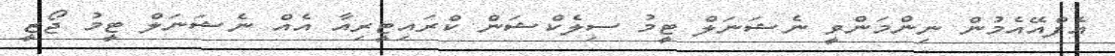
އެފްއޭއެމުން ނިންމަންވީ ނެޝަނަލް ޓީމު ސިލެކްޝަން ކްރައިޓީރިއާ އެއް ނެޝަނަލް ޓީމު ޖޯޒީ